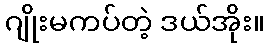
ဂျိုးမကပ်တဲ့ ဒယ်အိုး။